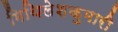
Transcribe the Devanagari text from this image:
मिथिलेशकुमारी